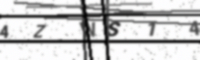
Text: 4ZWS14E